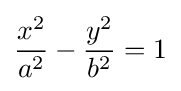
{x^{2} \over a^{2}}-{y^{2} \over b^{2}}=1